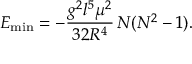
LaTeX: E _ { \mathrm { m i n } } = - \frac { g ^ { 2 } l ^ { 5 } \mu ^ { 2 } } { 3 2 R ^ { 4 } } \, N ( N ^ { 2 } - 1 ) .